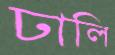
ঢালি